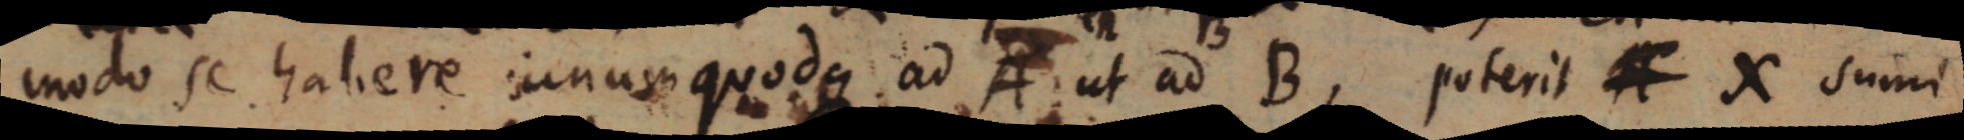
modo se habere unum quodque ad A ut ad B, poterit _ X sumi